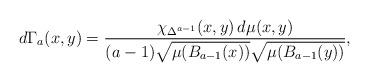
LaTeX: \begin{align*} d\Gamma_a(x,y)=\frac{\chi_{\Delta^{a-1}}(x,y)\, d\mu(x,y)}{(a-1)\sqrt{\mu(B_{a-1}(x))}\sqrt{\mu(B_{a-1}(y))}},\end{align*}